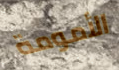
الأمومة